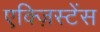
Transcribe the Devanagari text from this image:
एक्ज़िस्टेंस